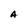
Character: A